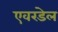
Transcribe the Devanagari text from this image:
एवरडेल